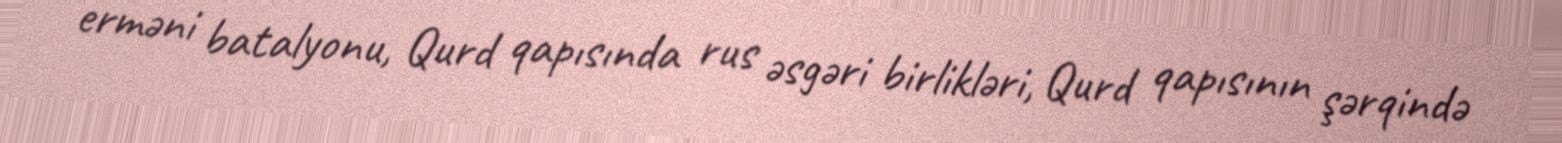
erməni batalyonu, Qurd qapısında rus əsgəri birlikləri, Qurd qapısının şərqində